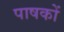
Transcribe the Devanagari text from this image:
पाषकों